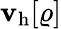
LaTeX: \mathbf{v}_{\mathrm{{h}}}[\varrho]